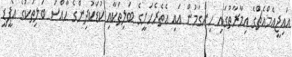
އައިޖީއެމްއެޗްގެ އިމާރާތުގައި ހިންގަމުން އައި އެތެރެހަށީގެ ބަލިތަކާއި ކުޑަކުދިންގެ ހާއްސަ ބަލިތަކުގެ އޯޕީޑީ